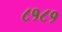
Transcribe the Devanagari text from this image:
८१८१